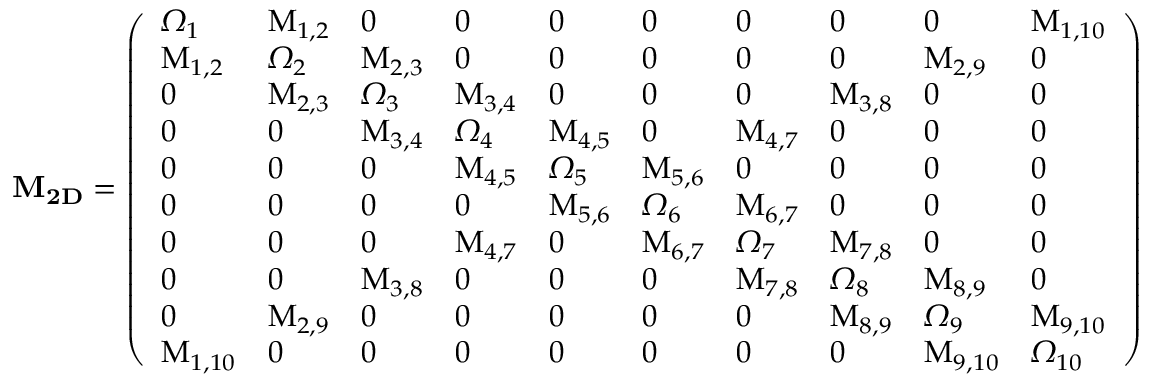
\bf { M _ { 2 D } } = \left( \begin{array} { l l l l l l l l l l } { \Omega _ { 1 } } & { M _ { 1 , 2 } } & { 0 } & { 0 } & { 0 } & { 0 } & { 0 } & { 0 } & { 0 } & { M _ { 1 , 1 0 } } \\ { M _ { 1 , 2 } } & { \Omega _ { 2 } } & { M _ { 2 , 3 } } & { 0 } & { 0 } & { 0 } & { 0 } & { 0 } & { M _ { 2 , 9 } } & { 0 } \\ { 0 } & { M _ { 2 , 3 } } & { \Omega _ { 3 } } & { M _ { 3 , 4 } } & { 0 } & { 0 } & { 0 } & { M _ { 3 , 8 } } & { 0 } & { 0 } \\ { 0 } & { 0 } & { M _ { 3 , 4 } } & { \Omega _ { 4 } } & { M _ { 4 , 5 } } & { 0 } & { M _ { 4 , 7 } } & { 0 } & { 0 } & { 0 } \\ { 0 } & { 0 } & { 0 } & { M _ { 4 , 5 } } & { \Omega _ { 5 } } & { M _ { 5 , 6 } } & { 0 } & { 0 } & { 0 } & { 0 } \\ { 0 } & { 0 } & { 0 } & { 0 } & { M _ { 5 , 6 } } & { \Omega _ { 6 } } & { M _ { 6 , 7 } } & { 0 } & { 0 } & { 0 } \\ { 0 } & { 0 } & { 0 } & { M _ { 4 , 7 } } & { 0 } & { M _ { 6 , 7 } } & { \Omega _ { 7 } } & { M _ { 7 , 8 } } & { 0 } & { 0 } \\ { 0 } & { 0 } & { M _ { 3 , 8 } } & { 0 } & { 0 } & { 0 } & { M _ { 7 , 8 } } & { \Omega _ { 8 } } & { M _ { 8 , 9 } } & { 0 } \\ { 0 } & { M _ { 2 , 9 } } & { 0 } & { 0 } & { 0 } & { 0 } & { 0 } & { M _ { 8 , 9 } } & { \Omega _ { 9 } } & { M _ { 9 , 1 0 } } \\ { M _ { 1 , 1 0 } } & { 0 } & { 0 } & { 0 } & { 0 } & { 0 } & { 0 } & { 0 } & { M _ { 9 , 1 0 } } & { \Omega _ { 1 0 } } \end{array} \right)